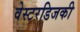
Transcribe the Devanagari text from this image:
वेस्टरडिजकी